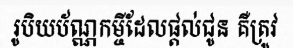
រូបិយប័ណ្ណកម្ចីដែលផ្តល់ជូន គឺត្រូវ